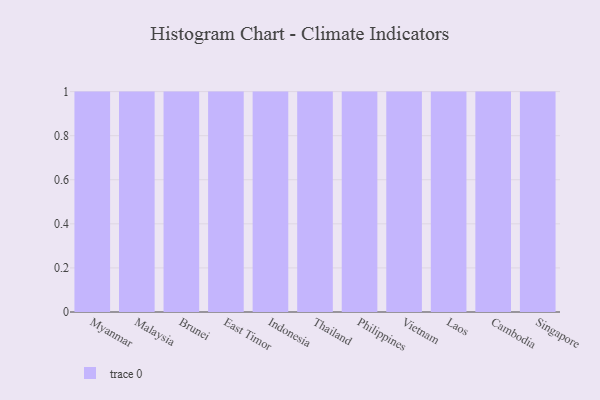
{"axis": {"x": "Country", "y": "Production Output"}, "legend": [""], "data": [{"x": "Myanmar", "y": 84, "type": ""}, {"x": "Malaysia", "y": 54, "type": ""}, {"x": "Brunei", "y": 99, "type": ""}, {"x": "East Timor", "y": 81, "type": ""}, {"x": "Indonesia", "y": 85, "type": ""}, {"x": "Thailand", "y": 2, "type": ""}, {"x": "Philippines", "y": 56, "type": ""}, {"x": "Vietnam", "y": 19, "type": ""}, {"x": "Laos", "y": 87, "type": ""}, {"x": "Cambodia", "y": 11, "type": ""}, {"x": "Singapore", "y": 96, "type": ""}]}